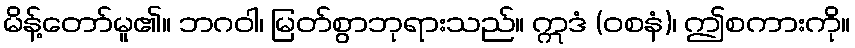
မိန့်တော်မူ၏။ ဘဂဝါ၊ မြတ်စွာဘုရားသည်။ ဣဒံ (ဝစနံ)၊ ဤစကားကို။